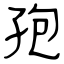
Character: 孢